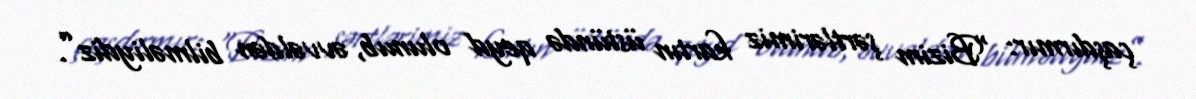
çaşdırmır: “Bizim şərtlərimiz kartın üstündə qeyd olunub, əvvəldən bilməliydiz”.